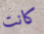
كانت